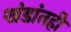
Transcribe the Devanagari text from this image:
खंडांतही